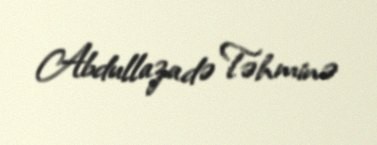
Abdullazadə Təhminə